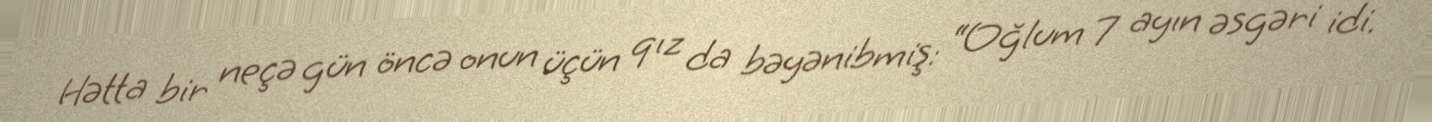
Hətta bir neçə gün öncə onun üçün qız da bəyənibmiş: “Oğlum 7 ayın əsgəri idi.